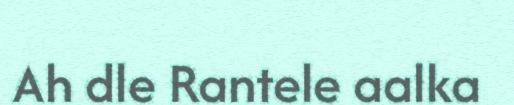
Ah dle Rantele aalka